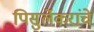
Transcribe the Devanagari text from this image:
पिसुर्लेकरांचे